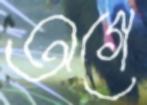
অগে